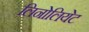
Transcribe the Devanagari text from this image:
लिनोलियेट